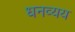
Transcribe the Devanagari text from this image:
धनव्यय